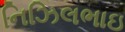
નિઝિલભાઇ